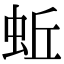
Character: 蚯